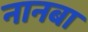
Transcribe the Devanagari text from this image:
नानबा